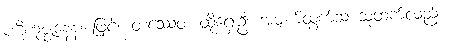
ပဋိကုဇ္ဈနေန၊ ဖြင့်။ တဿေဝ၊ ထိုရှေးဦး အမျက်ထွက်သ သူထက်လည်း။